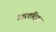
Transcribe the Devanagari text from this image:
उत्तरवदिक